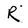
Character: R